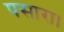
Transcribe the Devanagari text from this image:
पसारा।